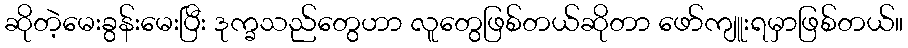
ဆိုတဲ့မေးခွန်းမေးပြီး ဒုက္ခသည်တွေဟာ လူတွေဖြစ်တယ်ဆိုတာ ဖော်ကျူးရမှာဖြစ်တယ်။